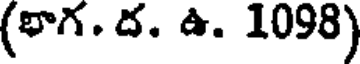
(భాగ. ద. ఉ. 1098)